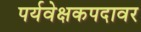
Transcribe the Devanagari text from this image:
पर्यवेक्षकपदावर